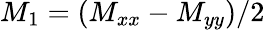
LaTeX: M_{1}=(M_{xx}-M_{yy})/2